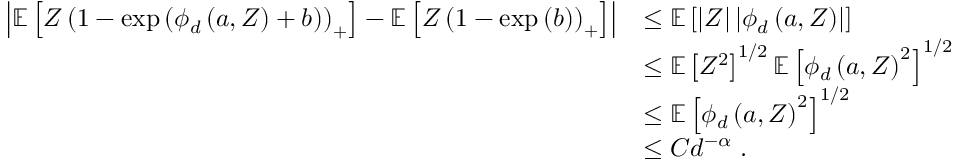
\begin{array} { r l } { \left\vert \ensuremath { \mathbb { E } \left[ Z \left( 1 - \exp \left( \phi _ { d } \left( a , Z \right) + b \right) \right) _ { + } \right] } - \ensuremath { \mathbb { E } \left[ Z \left( 1 - \exp \left( b \right) \right) _ { + } \right] } \right\vert } & { \leq \ensuremath { \mathbb { E } \left[ \vert Z \vert \left\vert \phi _ { d } \left( a , Z \right) \right\vert \right] } } \\ & { \leq \ensuremath { \mathbb { E } \left[ Z ^ { 2 } \right] } ^ { 1 / 2 } \ensuremath { \mathbb { E } \left[ \phi _ { d } \left( a , Z \right) ^ { 2 } \right] } ^ { 1 / 2 } } \\ & { \leq \ensuremath { \mathbb { E } \left[ \phi _ { d } \left( a , Z \right) ^ { 2 } \right] } ^ { 1 / 2 } } \\ & { \leq C d ^ { - \alpha } \; . } \end{array}